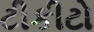
ટીકીટો